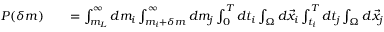
\begin{array} { r l r } { P ( \delta m ) } & { { } } & { = \int _ { m _ { L } } ^ { \infty } d m _ { i } \int _ { m _ { i } + \delta m } ^ { \infty } d m _ { j } \int _ { 0 } ^ { T } d t _ { i } \int _ { \Omega } d \vec { x } _ { i } \int _ { t _ { i } } ^ { T } d t _ { j } \int _ { \Omega } d \vec { x } _ { j } } \end{array}